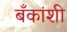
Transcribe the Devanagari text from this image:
बँकांशी